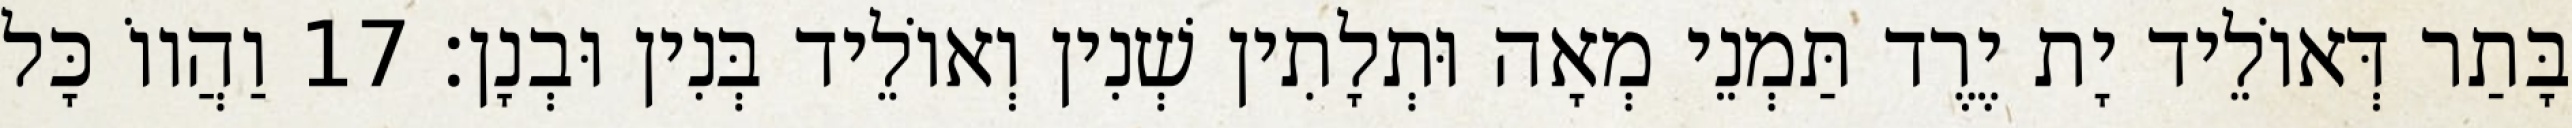
בָּתַר דְּאוֹלֵיד יָת יֶרֶד תַּמְנֵי מְאָה וּתְלָתִין שְׁנִין וְאוֹלֵיד בְּנִין וּבְנָן׃ 17 וַהֲווֹ כָּל